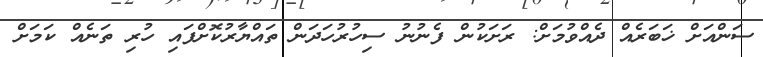
ސަންއަށް ޚަބަރެއް ދެއްވުމަށް: ރަށަކުން ފެނުނު ސިހުރުހަދަން ތައްޔާރުކޮށްފައި ހުރި ތަނެއް ކަމަށް